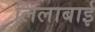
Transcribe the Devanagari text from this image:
लिलाबाई